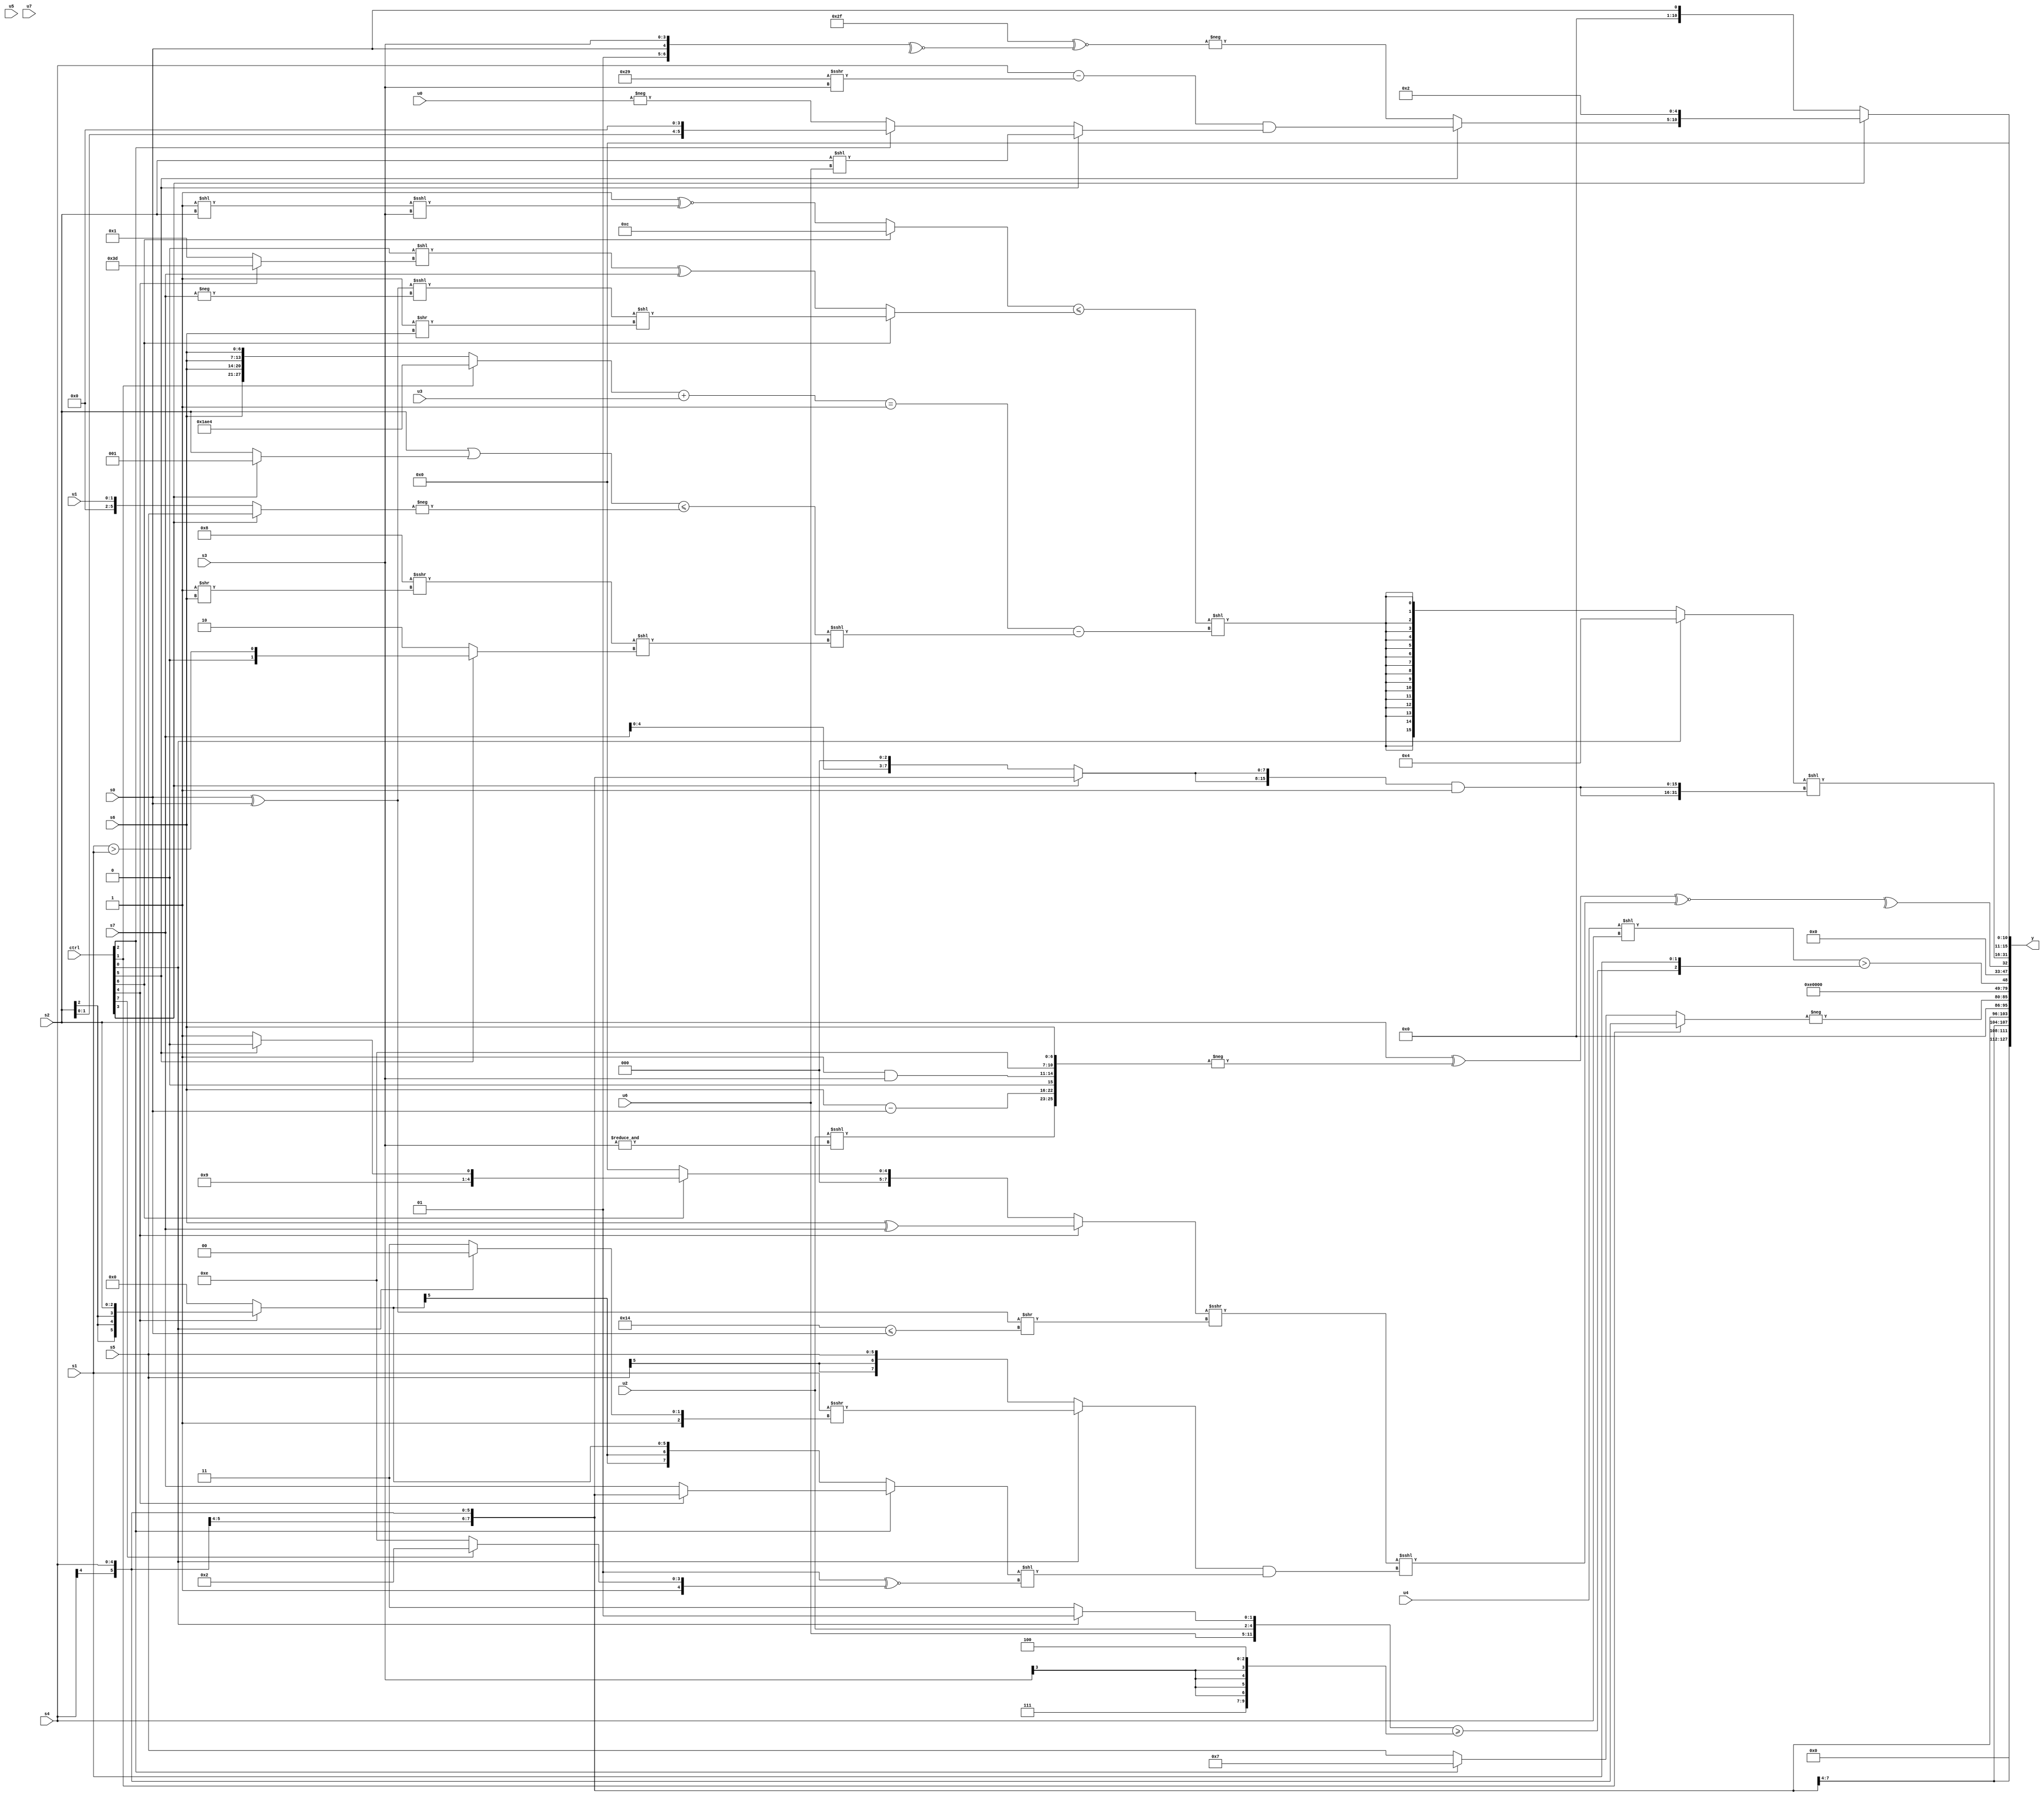
module wideexpr_00271(ctrl, u0, u1, u2, u3, u4, u5, u6, u7, s0, s1, s2, s3, s4, s5, s6, s7, y);
  input [7:0] ctrl;
  input [0:0] u0;
  input [1:0] u1;
  input [2:0] u2;
  input [3:0] u3;
  input [4:0] u4;
  input [5:0] u5;
  input [6:0] u6;
  input [7:0] u7;
  input signed [0:0] s0;
  input signed [1:0] s1;
  input signed [2:0] s2;
  input signed [3:0] s3;
  input signed [4:0] s4;
  input signed [5:0] s5;
  input signed [6:0] s6;
  input signed [7:0] s7;
  output [127:0] y;
  wire [15:0] y0;
  wire [15:0] y1;
  wire [15:0] y2;
  wire [15:0] y3;
  wire [15:0] y4;
  wire [15:0] y5;
  wire [15:0] y6;
  wire [15:0] y7;
  assign y = {y0,y1,y2,y3,y4,y5,y6,y7};
  assign y0 = 1'sb0;
  assign y1 = s4;
  assign y2 = $unsigned(-((ctrl[1]?s4:(ctrl[2]?5'sb00111:s5))));
  assign y3 = 6'sb011100;
  assign y4 = (($signed(u4))<<(s4))>({({u6,u2,(ctrl[0]?2'sb01:1'sb1)})>=({3'sb111,(s3)>>>(4'b0011),{3'sb100}}),s1});
  assign y5 = ^(((s2)^(-({(u2)<<<(&($signed(s3))),{($unsigned(s6))-($unsigned(s0)),(4'sb1001)>=(4'sb1010),($signed(1'sb1))&(s3),4'sb1110},s6})))^~($signed((((ctrl[4]?(+(s6))^($signed(s7)):(ctrl[6]?(ctrl[5]?6'sb010010:6'sb010011):(s7)<<(5'sb01011))))>>>({1{((s0)^(s0))>>((5'sb10100)<=(s0))}}))<<<(((ctrl[0]?(s1)>>>((ctrl[0]?3'sb100:2'sb11)):s5))&(((ctrl[2]?(ctrl[4]?s4:s7):(ctrl[4]?s2:6'sb000000)))<<((+(3'sb001))^~((ctrl[7]?5'sb10010:2'sb10))))))));
  assign y6 = ((ctrl[0]?-(3'sb100):$signed((((ctrl[6]?$signed((1'sb0)^~(5'sb10011)):(1'sb1)^~(((1'sb1)<<(s2))<<<(+(s3)))))<=((ctrl[6]?(((s0)^(s0))<<<(-(s7)))<<($signed((1'b1)>>(s6))):((1'sb0)<<((ctrl[4]?6'sb111101:2'b01)))^(s7))))<<(((((ctrl[1]?{6'sb110101,2'sb11,2'sb00,3'b100}:{4{s6}}))+(u3))==((4'b0100)!=((ctrl[6]?(ctrl[4]?2'sb10:1'sb1):(ctrl[6]?u4:1'b1)))))-((((s2)|((ctrl[3]?1'sb1:s2)))<=(-((ctrl[3]?s5:u1))))<<<(((5'sb01000)>>>((1'sb1)>>(s6)))<<((ctrl[5]?(s1)>(s1):5'sb00010))))))))<<(+(+({2{$signed(({2{(ctrl[3]?$signed(s4):(s7)<<(2'sb11))}})&(4'sb0001))}})));
  assign y7 = (ctrl[3]?{(ctrl[5]?((s4)-($signed((6'sb101001)>>>(s3))))&((ctrl[5]?((s2)>>(1'sb0))<<(u6):(ctrl[2]?(s2)<<(3'b100):-(u0)))):-((6'b101111)^~(~^({2'b01,s0,s3})))),1'sb0,+(4'sb0010)}:s0);
endmodule